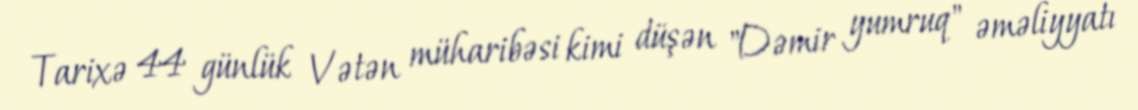
Tarixə 44 günlük Vətən müharibəsi kimi düşən "Dəmir yumruq" əməliyyatı